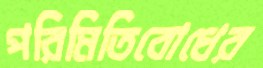
পরিমিতিবোধের